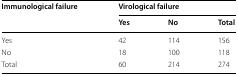
<table><thead><tr><td rowspan="2"><b>Immunological failure</b></td><td colspan="3"><b>Virological failure</b></td></tr><tr><td><b>Yes</b></td><td><b>No</b></td><td><b>Total</b></td></tr></thead><tbody><tr><td>Yes</td><td>42</td><td>114</td><td>156</td></tr><tr><td>No</td><td>18</td><td>100</td><td>118</td></tr><tr><td>Total</td><td>60</td><td>214</td><td>274</td></tr></tbody></table>